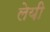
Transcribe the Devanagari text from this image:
लेयी